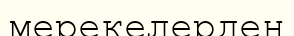
мерекелерден